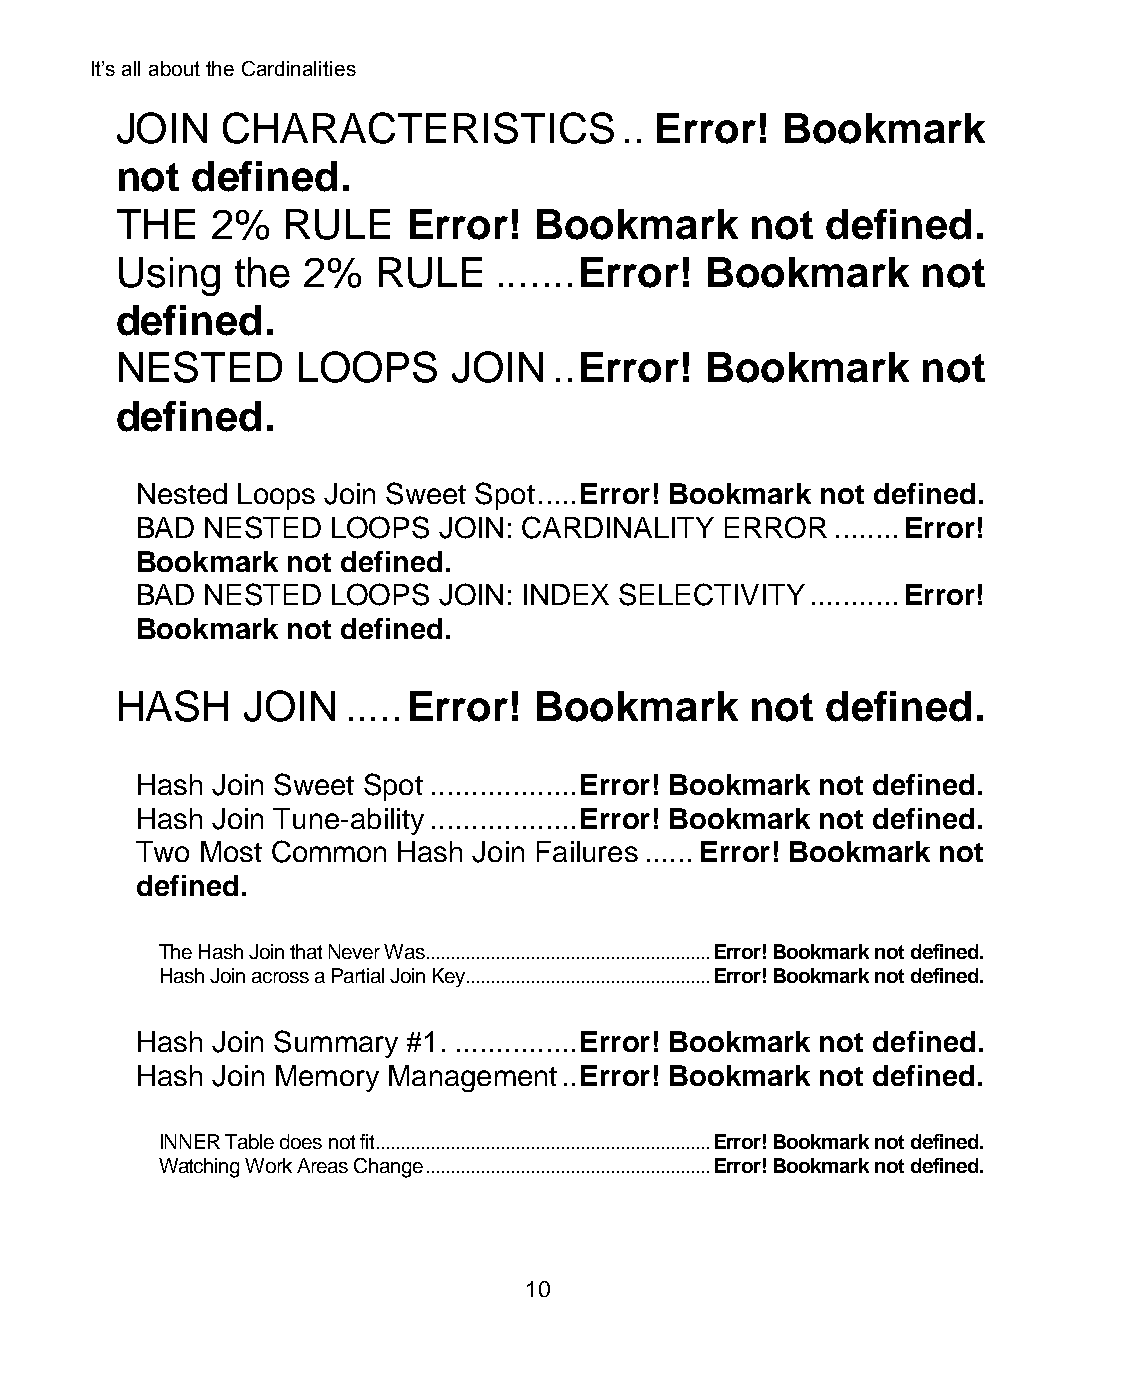
It’s all about the Cardinalities
 JOIN   CHARACTERISTICS           .. Error!  Bookmark
 not  defined.
 THE   2%   RULE    Error!  Bookmark       not  defined.
 Using  the  2%   RULE    ....... Error! Bookmark     not
 defined.
 NESTED      LOOPS     JOIN   .. Error! Bookmark      not
 defined.
 Nested Loops Join Sweet Spot ..... Error! Bookmark not defined.
 BAD  NESTED  LOOPS  JOIN: CARDINALITY  ERROR  ........ Error!
 Bookmark  not defined.
 BAD  NESTED  LOOPS  JOIN: INDEX SELECTIVITY  ........... Error!
 Bookmark  not defined.
 HASH    JOIN   ..... Error! Bookmark      not  defined.
 Hash Join Sweet Spot .................. Error! Bookmark not defined.
 Hash Join Tune-ability .................. Error! Bookmark not defined.
 Two Most Common  Hash Join Failures ...... Error! Bookmark not
 defined.
 The Hash Join that Never Was......................................................... Error! Bookmark not defined.
 Hash Join across a Partial Join Key ................................................. Error! Bookmark not defined.
 Hash Join Summary #1. ............... Error! Bookmark not defined.
 Hash Join Memory Management .. Error! Bookmark not defined.
 INNER Table does not fit ................................................................... Error! Bookmark not defined.
 Watching Work Areas Change ......................................................... Error! Bookmark not defined.
 10